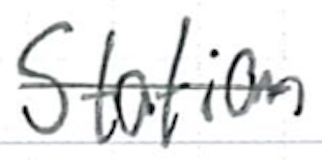
Text: Station
Cross-out: single-line
Writing tool: ballpoint